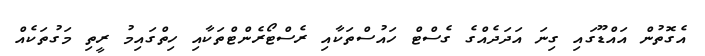
އެގޮތުން އައްޑޫގައި ގިނަ އަދަދެއްގެ ގެސްޓް ހައުސްތަކާއި ރެސްޓޯރެންޓްތަކާއި ހިތްގައިމު ރީތި މަގުތަކެއް